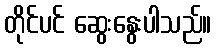
တိုင်ပင် ဆွေးနွေးပါသည်။